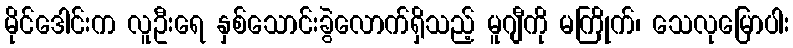
မိုင်ဒေါင်းက လူဦးရေ နှစ်သောင်းခွဲလောက်ရှိသည့် မူဂျီကို မကြိုက်၊ သေလုမြောပါး